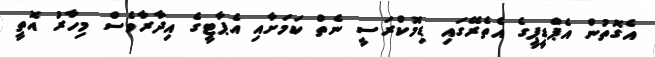
އެގޮތުން އެޕްޑީޕީގެ އެތެރޭގައި ޑިމޮކްރަސީ ނެތް ކަމަށާއި އެޕާޓީގެ އިދާރާވެސް މިހާރު އޮތީ